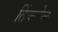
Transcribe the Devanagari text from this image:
तिंकनेल